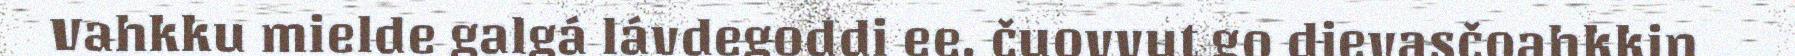
Vahkku mielde galgá lávdegoddi ee. čuovvut go dievasčoahkkin